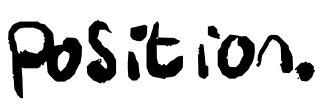
Text: position.
Cross-out: clean
Writing tool: digital_black